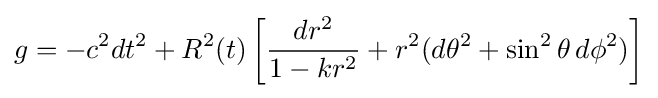
g=-c^{2}dt^{2}+R^{2}(t)\left[{\frac {dr^{2}}{1-kr^{2}}}+r^{2}(d\theta ^{2}+\sin ^{2}\theta \,d\phi ^{2})\right]